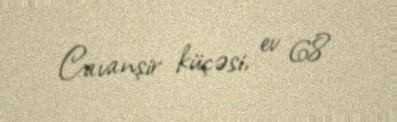
Cavanşir küçəsi, ev 68